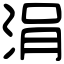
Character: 涓